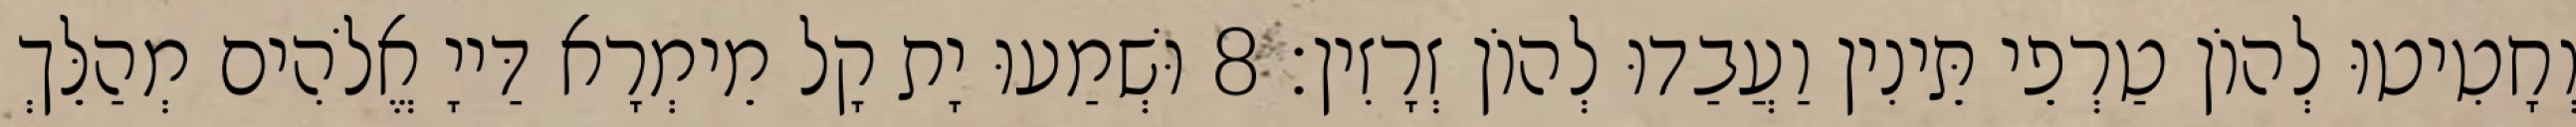
וְחָטִיטוּ לְהוֹן טַרְפֵי תֵּינִין וַעֲבַדוּ לְהוֹן זְרָזִין׃ 8 וּשְׁמַעוּ יָת קָל מֵימְרָא דַּייָ אֱלֹהִים מְהַלֵּךְ